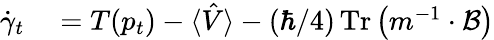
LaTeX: \begin{array}{rl}{\dot{\gamma}_{t}}&{{}=T(p_{t})-\langle\hat{V}\rangle-(\hbar/4)\operatorname{Tr}\left(m^{-1}\cdot\mathcal{B}\right)}\end{array}